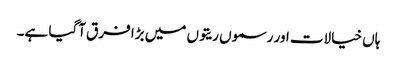
ہاں خیالات اور رسموں ریتوں میں بڑا فرق آگیا ہے۔